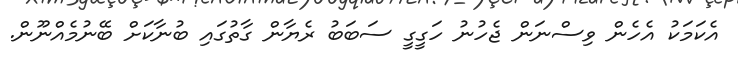
އެކަމަކު އެހެން ވިސްނަން ޖެހުނު ހަގީގީ ސަބަބު ރެޔާން ގާތުގައި ބުނާކަށް ބޭނުމެއްނޫން.